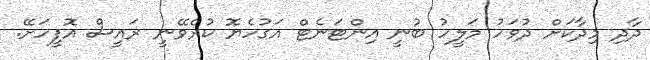
ދާދި މިދާކަށް ދުވަހު މަލީހު ބުނީ އިންޓަނެޓް އަގުހެޔޮ ކުރެވޭނީ ރައީސް އޮފީހަށޭ.